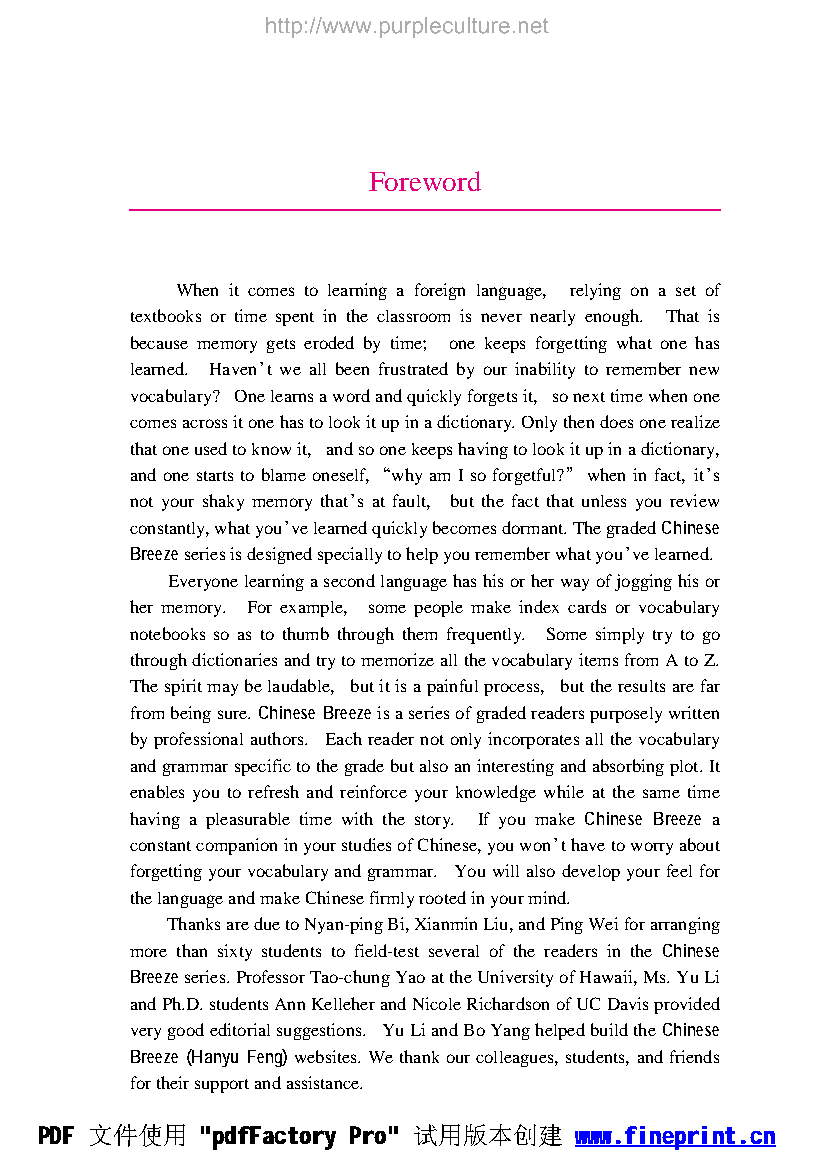
Foreword
 When it comes to learning a foreign language, relying on a set of
 textbooks or time spent in the classroom is never nearly enough. That is
 because memory gets eroded by time; one keeps forgetting what one has
 learned. Haven爷t we all been frustrated by our inability to remember new
 vocabulary? Onelearnsawordandquicklyforgetsit, sonexttimewhenone
 comesacrossitonehastolookitupinadictionary.Onlythendoesonerealize
 thatoneusedtoknowit, andsoonekeepshavingtolookitupinadictionary,
 andone startstoblame oneself,“whyamIsoforgetful?”when infact, it爷s
 not your shaky memory that爷s at fault, but the fact that unless you review
 constantly,whatyou爷velearnedquicklybecomesdormant.ThegradedChinese
 Breezeseriesisdesignedspeciallytohelpyourememberwhatyou爷velearned.
 Everyonelearningasecondlanguagehashisorherwayofjogginghisor
 her memory. For example, some people make index cards or vocabulary
 notebooks so as to thumb through them frequently. Some simply try to go
 throughdictionariesandtrytomemorizeallthevocabularyitemsfromAtoZ.
 Thespiritmaybelaudable, butitisapainfulprocess, buttheresultsarefar
 frombeingsure.Chinese Breeze isaseriesofgradedreaderspurposelywritten
 byprofessionalauthors. Eachreadernotonlyincorporatesallthevocabulary
 andgrammarspecifictothegradebutalsoaninterestingandabsorbingplot.It
 enables you to refresh and reinforce your knowledge while at the same time
 having a pleasurable time with the story. If you make Chinese Breeze a
 constantcompanioninyourstudiesofChinese,youwon爷thavetoworryabout
 forgettingyourvocabularyandgrammar. Youwillalsodevelopyourfeelfor
 thelanguageandmakeChinesefirmlyrootedinyourmind.
 ThanksareduetoNyan-pingBi,XianminLiu,andPingWeiforarranging
 more than sixty students to field-test several of the readers in the Chinese
 Breezeseries.ProfessorTao-chungYaoattheUniversityofHawaii,Ms.YuLi
 andPh.D.studentsAnnKelleherandNicoleRichardsonofUCDavisprovided
 verygoodeditorialsuggestions. YuLiandBoYanghelpedbuildtheChinese
 Breeze (Hanyu Feng)websites. Wethankourcolleagues, students, andfriends
 fortheirsupportandassistance.
 PDF 文件使用   "pdfFactory Pro" 试用版本创建  www.fineprint.cn